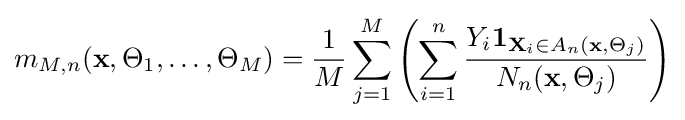
m_{M,n}(\mathbf {x} ,\Theta _{1},\ldots ,\Theta _{M})={\frac {1}{M}}\sum _{j=1}^{M}\left(\sum _{i=1}^{n}{\frac {Y_{i}\mathbf {1} _{\mathbf {X} _{i}\in A_{n}(\mathbf {x} ,\Theta _{j})}}{N_{n}(\mathbf {x} ,\Theta _{j})}}\right)